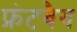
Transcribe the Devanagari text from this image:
फ्रंटबैग